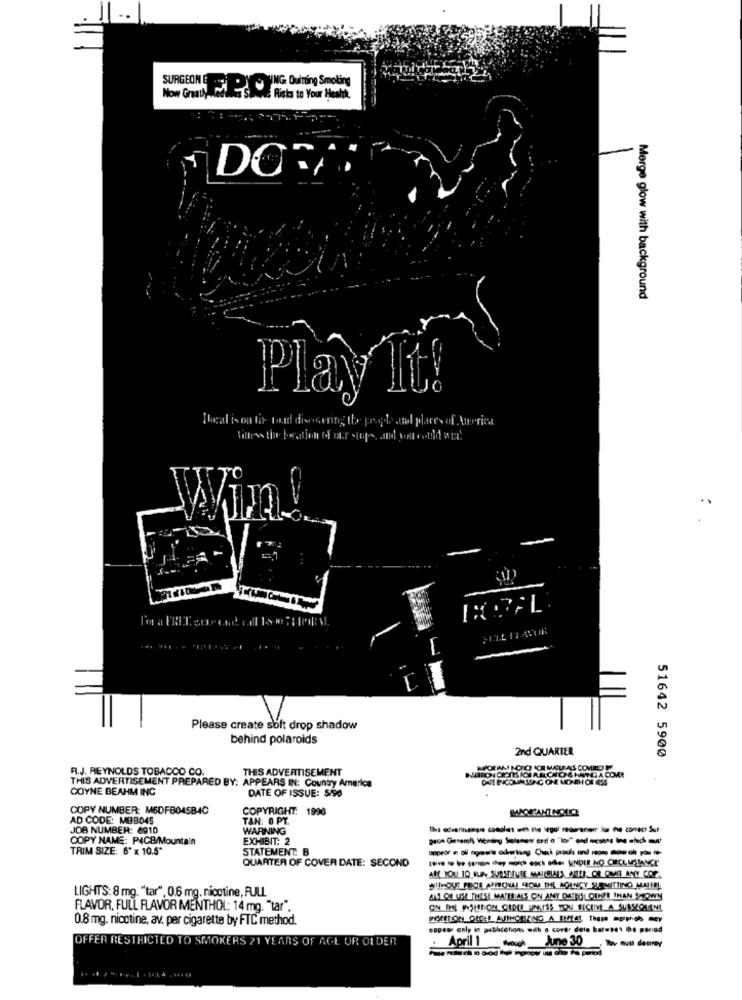
Now Greatly id G. During Smoking
Ristas to Your Health.
DORT
Merge glow with background
IPlay It!
[local is on tir toad disontig the progede and places of America
Wim
-
Please create soft drop shadow
behind polaroids
2nd QUARTER
51642 5900
R.J. REYNOLDS TOBACCO CO.
THIS ADVERTISEMENT
WPORAN LOO KEMALAS COMED F
THIS ADVERTISEMENT PREPARED BY: APPEARS IN: Country America
COYNE BEAHM INC
DATE OF ISSUE: 5/98
COPY NUMBER: M6DFB04SB4C
COPYRIGHT: 1996
AD CODE: MBB045
TAN: 8 PT.
JOB NUMBER: 6910
WARNING
COPY NAME: P4CB/Mountain
EXHIBIT: 2
TRIM SIZE: 6" x 10.5"
STATEMENT: B
QUARTER OF COVER DATE: SECOND
ARE YOU 10 QUA SUBSTITUTE MAIRELALA MITES, OR OMIT ANY COP.
WITHOUT PRIOR APPROVAL FROM THE AGENCY SUOMITTING MALFEL
LIGHTS: 8 mg. "tar", 0.6 mg. nicotine, FULL
ALLOF USE THESE MATERIALS ON ANY DATES OTHER THAN SHOWN
FLAVOR, FULL FLAVOR MENTHOL: 14 mg. "tar".
0.8 mg. nicotine, av. per cigarette by FTC method.
capes only in pebhconons with a cover dele barwses Ibe poriad
OFFER RESTRICTED TO SMOKERS 21 YEARS OF AGE OR OI DER
April 1 touch _June 30
. Tov muss dasrey